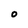
Character: O